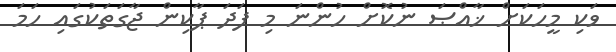
ވަކި މީހަކަށް ޚާއްޞަ ނުކޮށް ހުންނަ މި ފަދަ ޕާކިން ޖާގަތަކުގައި ހަމަ